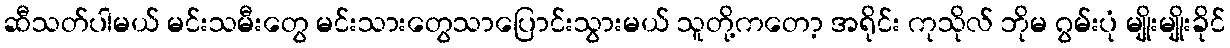
ဆီသတ်ပါမယ် မင်းသမီးတွေ မင်းသားတွေသာပြောင်းသွားမယ် သူတို့ကတော့ အရိုင်း ကုသိုလ် ဘိုမ ဂွမ်းပုံ မျိုးမျိုးခိုင်